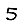
Digit: 5